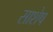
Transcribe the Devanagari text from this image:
साशेष